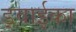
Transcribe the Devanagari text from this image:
ड्वाईका